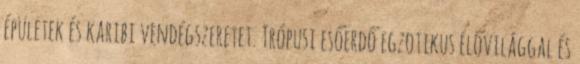
épületek és karibi vendégszeretet. Trópusi esőerdő egzotikus élővilággal és